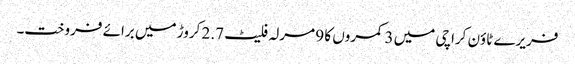
فریرے ٹاؤن کراچی میں 3 کمروں کا 9 مرلہ فلیٹ 2.7 کروڑ میں برائے فروخت۔